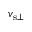
v _ { { \mathrm { s } } \bot }